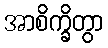
အာစိက္ခိတွာ